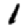
Digit: 1